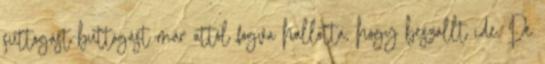
suttogást-buttogást már attól fogva hallotta, hogy beszállt ide. De